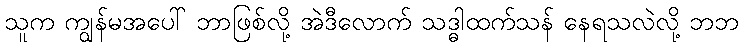
သူက ကျွန်မအပေါ် ဘာဖြစ်လို့ အဲဒီလောက် သဒ္ဓါထက်သန် နေရသလဲလို့ ဘဘ